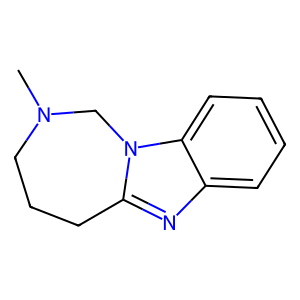
SMILES: CN1CCCc2nc3ccccc3n2C1
Inhibits HIV replication: No